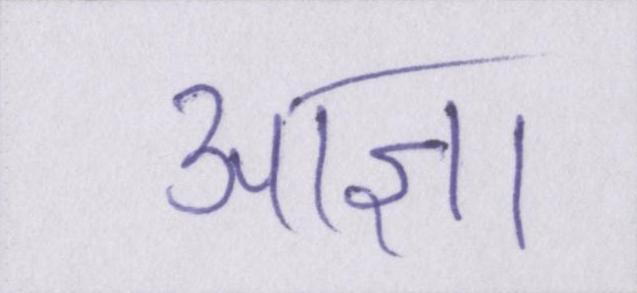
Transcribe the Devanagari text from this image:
आज्ञा